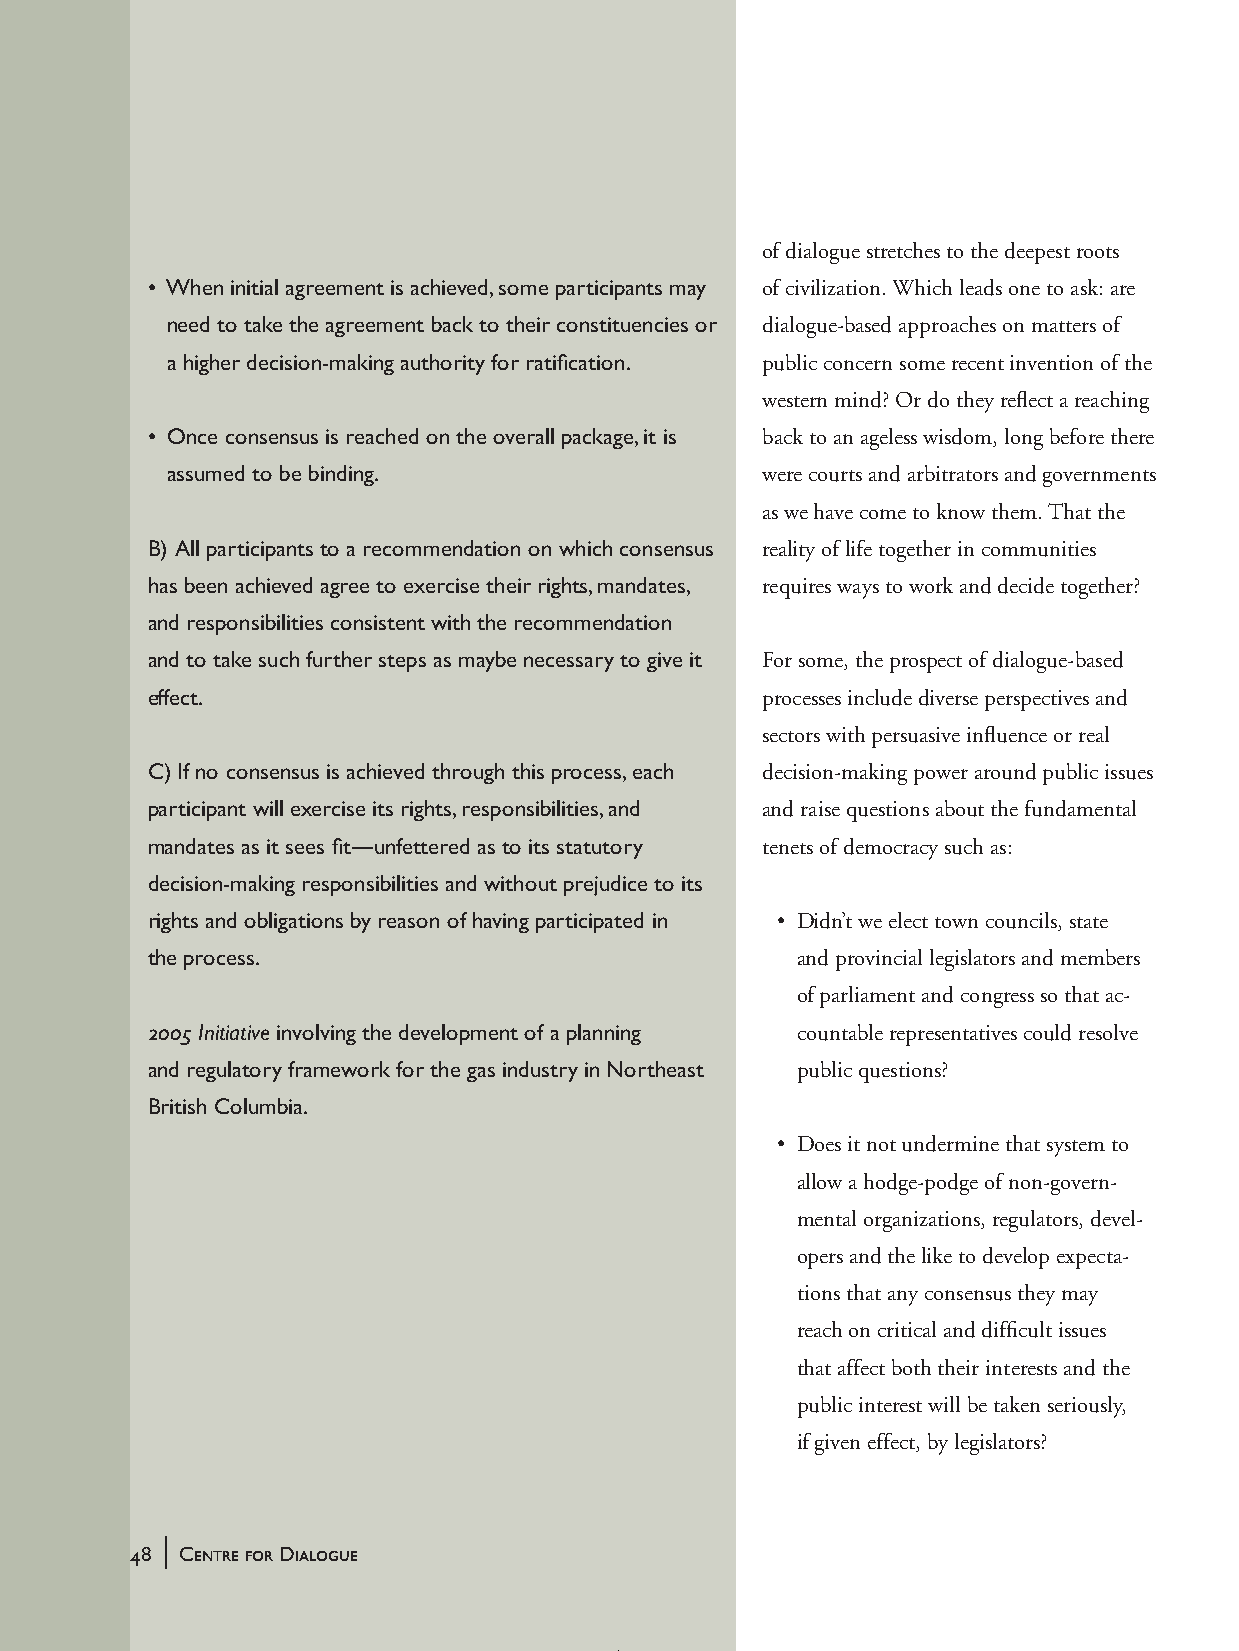
of dialogue stretches to the deepest roots
 • When initial agreement is achieved, some participants may of civilization. Which leads one to ask: are
 need to take the agreement back to their constituencies or dialogue-based approaches on matters of
 a higher decision-making authority for ratification. public concern some recent invention of the
 western mind? Or do they reflect a reaching
 • Once consensus is reached on the overall package, it is back to an ageless wisdom, long before there
 assumed to be binding.                 were courts and arbitrators and governments
 as we have come to know them. That the
 B) All participants to a recommendation on which consensus reality of life together in communities
 has been achieved agree to exercise their rights, mandates, requires ways to work and decide together?
 and responsibilities consistent with the recommendation
 and to take such further steps as maybe necessary to give it For some, the prospect of dialogue-based
 effect.                                 processes include diverse perspectives and
 sectors with persuasive influence or real
 C) If no consensus is achieved through this process, each decision-making power around public issues
 participant will exercise its rights, responsibilities, and and raise questions about the fundamental
 mandates as it sees fit—unfettered as to its statutory tenets of democracy such as:
 decision-making responsibilities and without prejudice to its
 rights and obligations by reason of having participated in • D idn’t we elect town councils, state
 the process.                               and provincial legislators and members
 of parliament and congress so that ac-
 2005 Initiative involving the development of a planning countable representatives could resolve
 and regulatory framework for the gas industry in Northeast public questions?
 British Columbia.
 • D oes it not undermine that system to
 allow a hodge-podge of non-govern-
 mental organizations, regulators, devel-
 opers and the like to develop expecta-
 tions that any consensus they may
 reach on critical and difficult issues
 that affect both their interests and the
 public interest will be taken seriously,
 if given effect, by legislators?
 |
 48 Centre for Dialogue
 handbook_web         48                             5/30/04, 4:37 PM